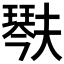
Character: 𤩍